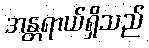
အန္တရာယ်ရှိသည်